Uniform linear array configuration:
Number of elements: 12
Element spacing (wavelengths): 0.25
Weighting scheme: hamming
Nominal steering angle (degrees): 60
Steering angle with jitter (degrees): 59.322
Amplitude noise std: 0.05
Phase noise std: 0.05

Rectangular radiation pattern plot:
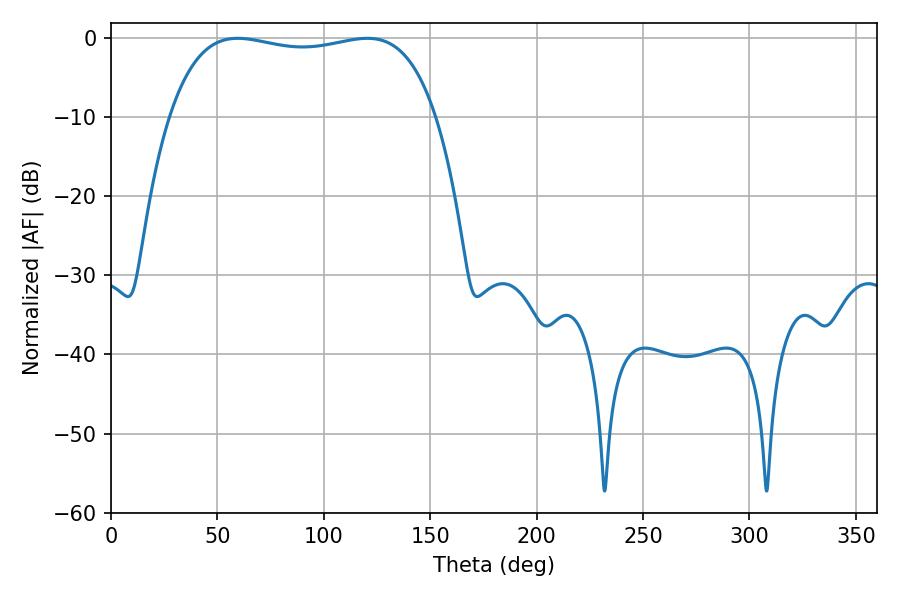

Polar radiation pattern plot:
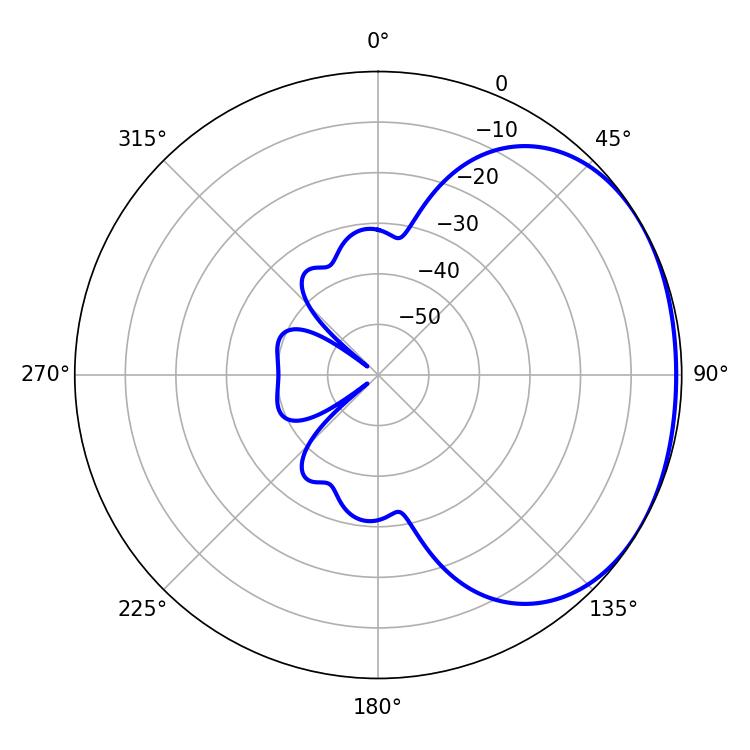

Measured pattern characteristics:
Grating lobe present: FALSE
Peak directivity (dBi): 1.529
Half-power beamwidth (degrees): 100.8
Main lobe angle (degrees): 59.58